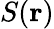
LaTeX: S(\mathbf{r})